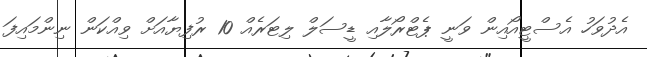
އެދުވަހު އެސްޓީއޯއިން ވަނީ ޕެޓްރޯލާއި ޑީސަލް ލިޓަރެއް 10 ރުފިޔާއަށް ވިއްކަން ނިންމައިފަ